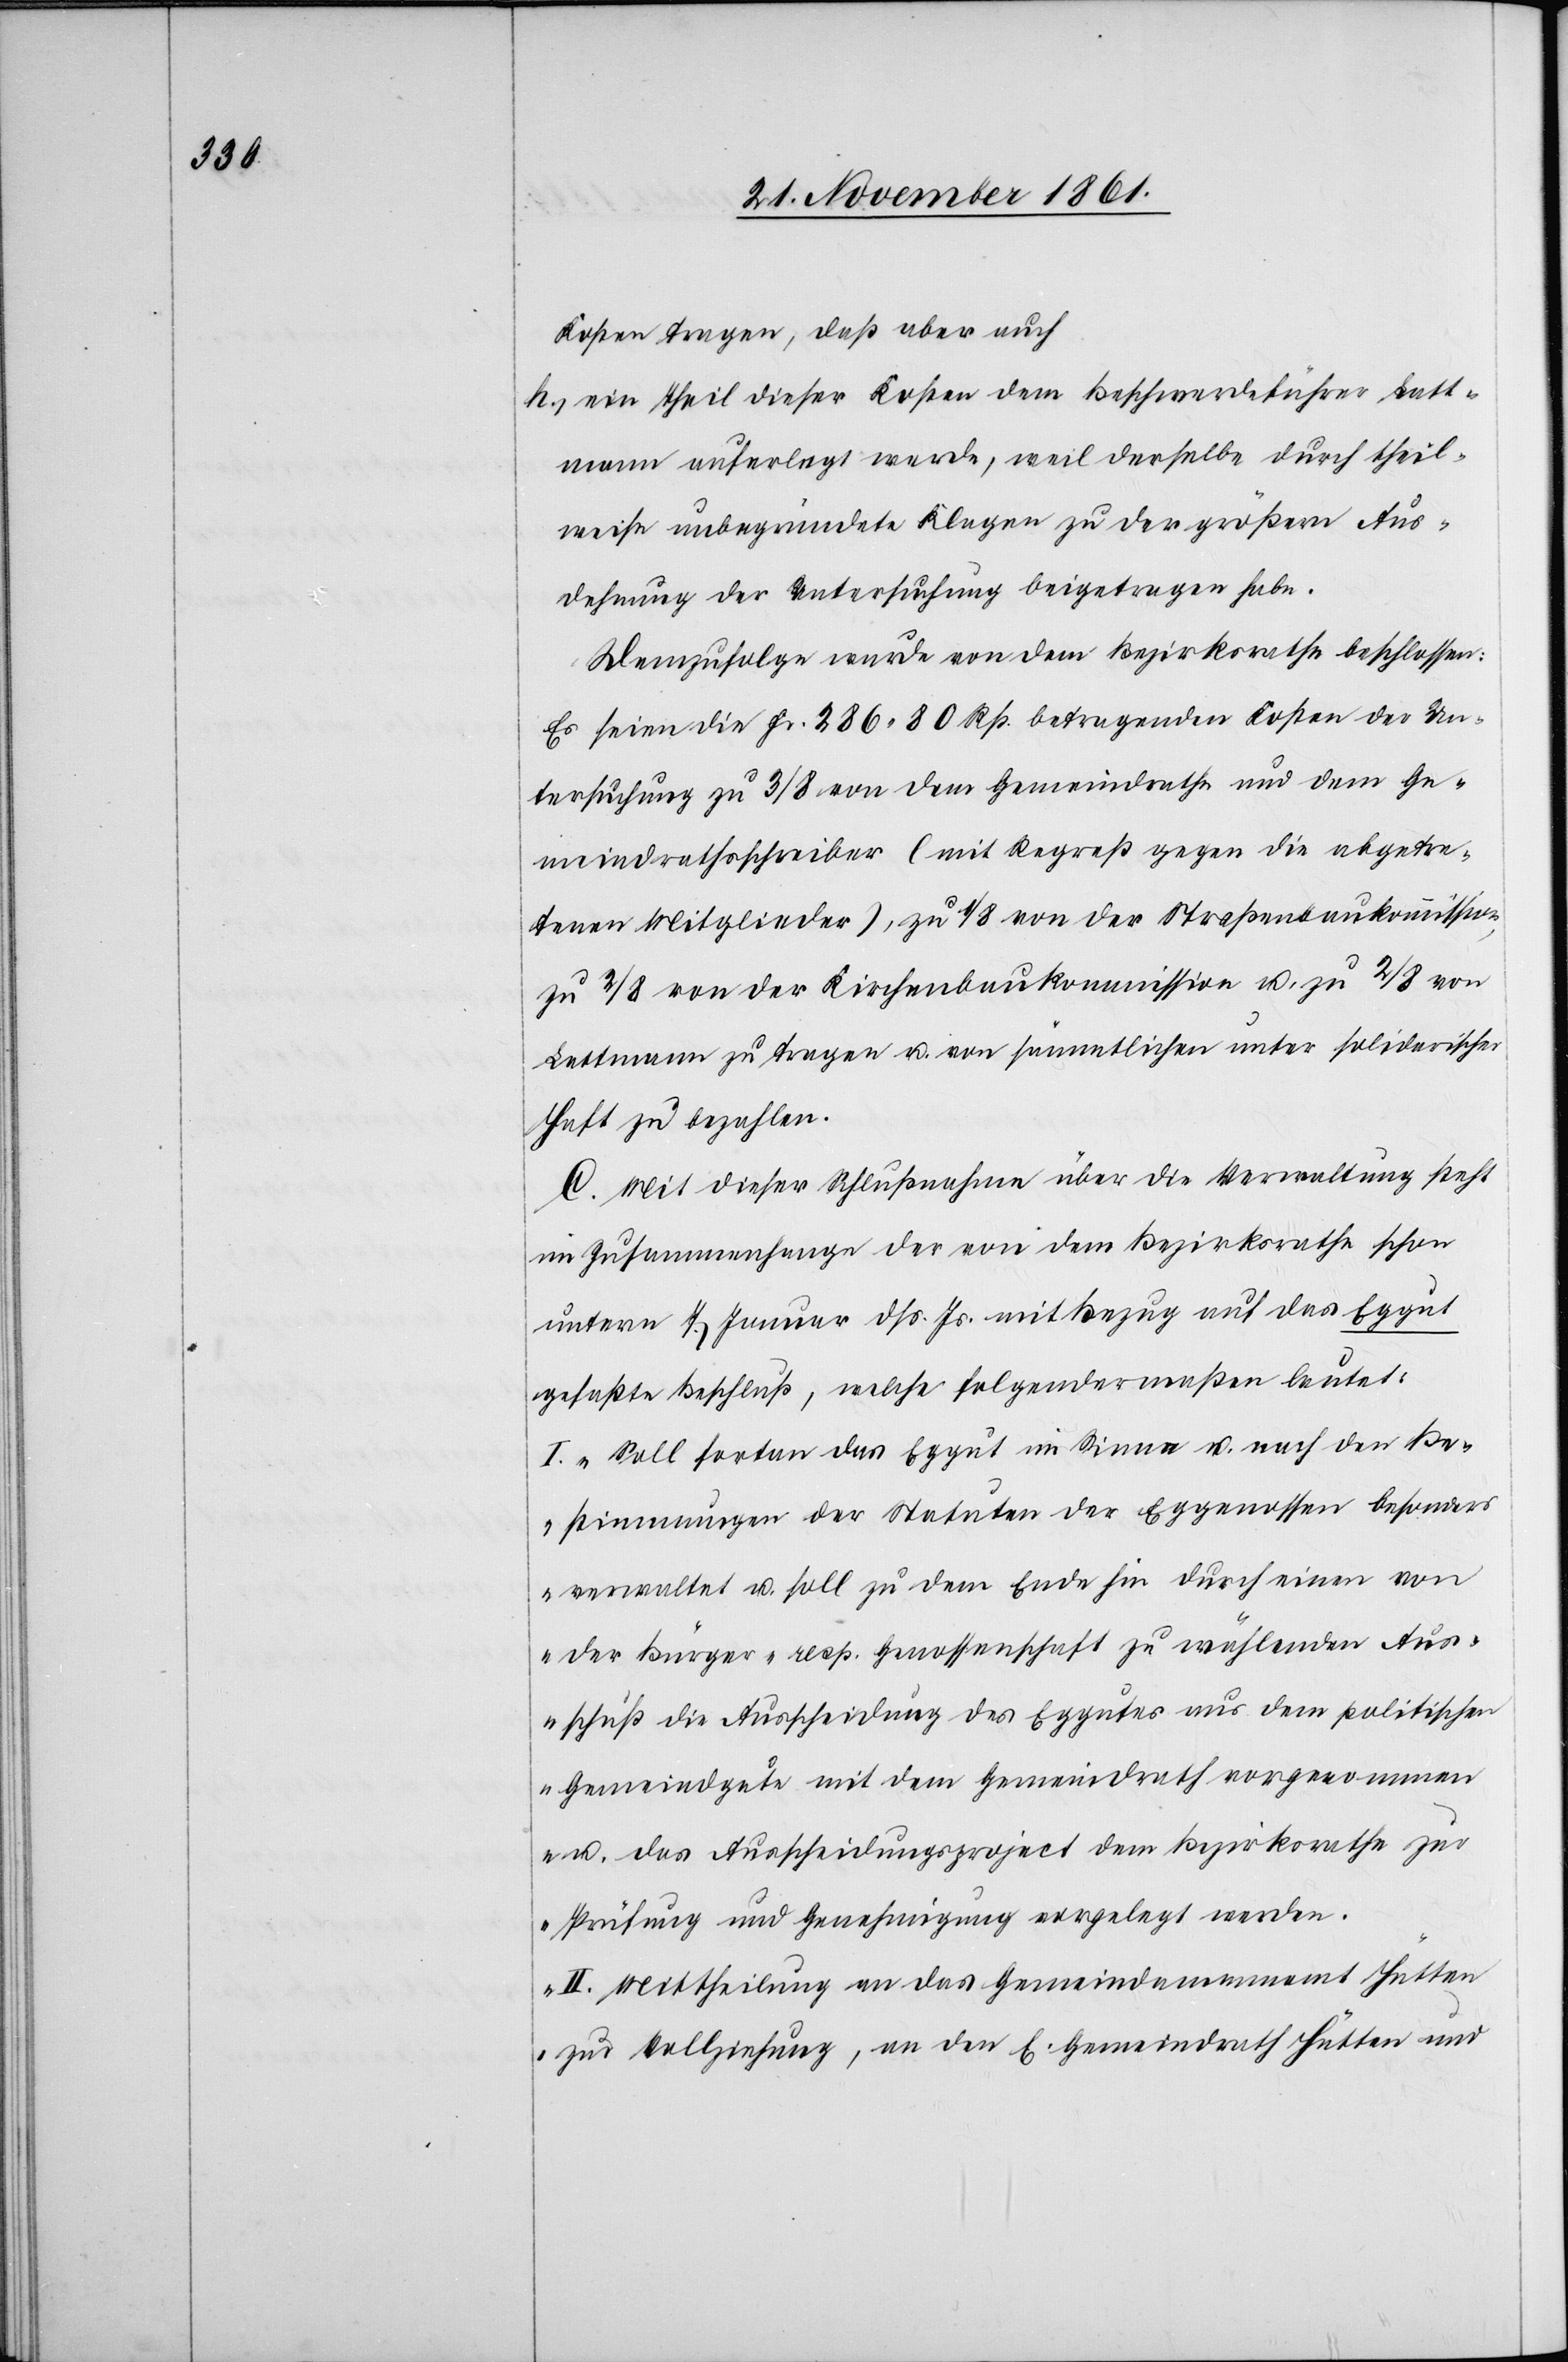
Kosten tragen, daß aber auch
h.) ein Theil dieser Kosten dem Beschwerdeführer Latt¬
mann auferlegt werde, weil derselbe durch theil¬
weise unbegründete Klagen zu der größern Aus¬
dehnung der Untersuchung beigetragen habe.
Demzufolge wurde von dem Bezirksrathe beschlossen:
Es seien die Fr. 286.80 Rp. betragenden Kosten der Un¬
tersuchung zu 3/8 von dem Gemeindrathe und dem Ge¬
meindrathschreiber (mit Regreß gegen die abgetre¬
tenen Mitglieder), zu 1/8 von der Straßenbaukommission,
zu 2/8 von der Kirchenbaukommission u. zu 2/8 von
Lattmann zu tragen u. von sämmtlichen unter solidarischer
Haft zu bezahlen.
C. Mit dieser Schlußnahme über die Verwaltung steht
im Zusammenhange der von dem Bezirksrathe schon
unterm 7 Januar dß. Js. mit Bezug auf das Eggut
gefaßte Beschluß, welche folgendermaßen lautet:
I. „Soll fortan das Eggut im Sinne u. nach den Be¬
stimmungen der Statuten der Eggenossen besonders
verwaltet u. soll zu dem Ende hin durch einen von
der Bürger- resp. Genossenschaft zu wählenden Aus¬
schuß die Ausscheidung des Eggutes aus dem politischen
Gemeindgute mit dem Gemeindrath vorgenommen
u. das Ausscheidungsproject dem Bezirksrathe zur
Prüfung und Genehmigung vorgelegt werden.
II. Mittheilung an das Gemeindammannamt Hütten
zur Vollziehung, an den E. Gemeindrath Hütten und